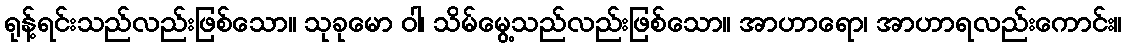
ရုန့်ရင်းသည်လည်းဖြစ်သော။ သုခုမော ဝါ၊ သိမ်မွေ့သည်လည်းဖြစ်သော။ အာဟာရော၊ အာဟာရလည်းကောင်း။